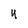
Character: u